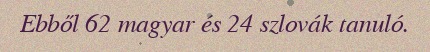
Ebből 62 magyar és 24 szlovák tanuló.